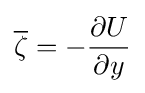
{\overline {\zeta }}=-{\frac {\partial U}{\partial y}}